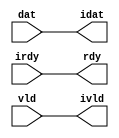

//------> /usr/cadtool/mentor/Catapult/2023.1/Mgc_home/pkgs/siflibs/ccs_in_wait_v1.v 
//------------------------------------------------------------------------------
// Catapult Synthesis - Sample I/O Port Library
//
// Copyright (c) 2003-2017 Mentor Graphics Corp.
//       All Rights Reserved
//
// This document may be used and distributed without restriction provided that
// this copyright statement is not removed from the file and that any derivative
// work contains this copyright notice.
//
// The design information contained in this file is intended to be an example
// of the functionality which the end user may study in preparation for creating
// their own custom interfaces. This design does not necessarily present a 
// complete implementation of the named protocol or standard.
//
//------------------------------------------------------------------------------


module ccs_in_wait_v1 (idat, rdy, ivld, dat, irdy, vld);

  parameter integer rscid = 1;
  parameter integer width = 8;

  output [width-1:0] idat;
  output             rdy;
  output             ivld;
  input  [width-1:0] dat;
  input              irdy;
  input              vld;

  wire   [width-1:0] idat;
  wire               rdy;
  wire               ivld;

  localparam stallOff = 0; 
  wire                  stall_ctrl;
  assign stall_ctrl = stallOff;

  assign idat = dat;
  assign rdy = irdy && !stall_ctrl;
  assign ivld = vld && !stall_ctrl;

endmodule


//------> /usr/cadtool/mentor/Catapult/2023.1/Mgc_home/pkgs/siflibs/ccs_out_wait_v1.v 
//------------------------------------------------------------------------------
// Catapult Synthesis - Sample I/O Port Library
//
// Copyright (c) 2003-2017 Mentor Graphics Corp.
//       All Rights Reserved
//
// This document may be used and distributed without restriction provided that
// this copyright statement is not removed from the file and that any derivative
// work contains this copyright notice.
//
// The design information contained in this file is intended to be an example
// of the functionality which the end user may study in preparation for creating
// their own custom interfaces. This design does not necessarily present a 
// complete implementation of the named protocol or standard.
//
//------------------------------------------------------------------------------


module ccs_out_wait_v1 (dat, irdy, vld, idat, rdy, ivld);

  parameter integer rscid = 1;
  parameter integer width = 8;

  output [width-1:0] dat;
  output             irdy;
  output             vld;
  input  [width-1:0] idat;
  input              rdy;
  input              ivld;

  wire   [width-1:0] dat;
  wire               irdy;
  wire               vld;

  localparam stallOff = 0; 
  wire stall_ctrl;
  assign stall_ctrl = stallOff;

  assign dat = idat;
  assign irdy = rdy && !stall_ctrl;
  assign vld = ivld && !stall_ctrl;

endmodule



//------> /usr/cadtool/mentor/Catapult/2023.1/Mgc_home/pkgs/siflibs/mgc_io_sync_v2.v 
//------------------------------------------------------------------------------
// Catapult Synthesis - Sample I/O Port Library
//
// Copyright (c) 2003-2017 Mentor Graphics Corp.
//       All Rights Reserved
//
// This document may be used and distributed without restriction provided that
// this copyright statement is not removed from the file and that any derivative
// work contains this copyright notice.
//
// The design information contained in this file is intended to be an example
// of the functionality which the end user may study in preparation for creating
// their own custom interfaces. This design does not necessarily present a 
// complete implementation of the named protocol or standard.
//
//------------------------------------------------------------------------------


module mgc_io_sync_v2 (ld, lz);
    parameter valid = 0;

    input  ld;
    output lz;

    wire   lz;

    assign lz = ld;

endmodule


//------> /usr/cadtool/mentor/Catapult/2023.1/Mgc_home/pkgs/siflibs/ccs_in_v1.v 
//------------------------------------------------------------------------------
// Catapult Synthesis - Sample I/O Port Library
//
// Copyright (c) 2003-2017 Mentor Graphics Corp.
//       All Rights Reserved
//
// This document may be used and distributed without restriction provided that
// this copyright statement is not removed from the file and that any derivative
// work contains this copyright notice.
//
// The design information contained in this file is intended to be an example
// of the functionality which the end user may study in preparation for creating
// their own custom interfaces. This design does not necessarily present a 
// complete implementation of the named protocol or standard.
//
//------------------------------------------------------------------------------


module ccs_in_v1 (idat, dat);

  parameter integer rscid = 1;
  parameter integer width = 8;

  output [width-1:0] idat;
  input  [width-1:0] dat;

  wire   [width-1:0] idat;

  assign idat = dat;

endmodule


//------> ./rtl.v 
// ----------------------------------------------------------------------
//  HLS HDL:        Verilog Netlister
//  HLS Version:    2023.1/1033555 Production Release
//  HLS Date:       Mon Feb 13 11:32:25 PST 2023
// 
//  Generated by:   m111061545@ws41
//  Generated date: Tue Mar 26 18:29:14 2024
// ----------------------------------------------------------------------

// 
// ------------------------------------------------------------------
//  Design Unit:    fir_run_run_fsm
//  FSM Module
// ------------------------------------------------------------------


module fir_run_run_fsm (
  clk, rst, run_wen, fsm_output
);
  input clk;
  input rst;
  input run_wen;
  output [1:0] fsm_output;
  reg [1:0] fsm_output;


  // FSM State Type Declaration for fir_run_run_fsm_1
  parameter
    run_rlp_C_0 = 1'd0,
    main_C_0 = 1'd1;

  reg  state_var;
  reg  state_var_NS;


  // Interconnect Declarations for Component Instantiations 
  always @(*)
  begin : fir_run_run_fsm_1
    case (state_var)
      main_C_0 : begin
        fsm_output = 2'b10;
        state_var_NS = main_C_0;
      end
      // run_rlp_C_0
      default : begin
        fsm_output = 2'b01;
        state_var_NS = main_C_0;
      end
    endcase
  end

  always @(posedge clk) begin
    if ( rst ) begin
      state_var <= run_rlp_C_0;
    end
    else if ( run_wen ) begin
      state_var <= state_var_NS;
    end
  end

endmodule

// ------------------------------------------------------------------
//  Design Unit:    fir_run_staller
// ------------------------------------------------------------------


module fir_run_staller (
  clk, rst, run_wen, run_wten, input_rsci_wen_comp, output_rsci_wen_comp
);
  input clk;
  input rst;
  output run_wen;
  output run_wten;
  reg run_wten;
  input input_rsci_wen_comp;
  input output_rsci_wen_comp;



  // Interconnect Declarations for Component Instantiations 
  assign run_wen = input_rsci_wen_comp & output_rsci_wen_comp;
  always @(posedge clk) begin
    if ( rst ) begin
      run_wten <= 1'b0;
    end
    else begin
      run_wten <= ~ run_wen;
    end
  end
endmodule

// ------------------------------------------------------------------
//  Design Unit:    fir_run_coeffs_triosy_obj_coeffs_triosy_wait_ctrl
// ------------------------------------------------------------------


module fir_run_coeffs_triosy_obj_coeffs_triosy_wait_ctrl (
  run_wten, coeffs_triosy_obj_iswt0, coeffs_triosy_obj_biwt
);
  input run_wten;
  input coeffs_triosy_obj_iswt0;
  output coeffs_triosy_obj_biwt;



  // Interconnect Declarations for Component Instantiations 
  assign coeffs_triosy_obj_biwt = (~ run_wten) & coeffs_triosy_obj_iswt0;
endmodule

// ------------------------------------------------------------------
//  Design Unit:    fir_run_output_rsci_output_wait_dp
// ------------------------------------------------------------------


module fir_run_output_rsci_output_wait_dp (
  clk, rst, output_rsci_oswt, output_rsci_wen_comp, output_rsci_biwt, output_rsci_bdwt,
      output_rsci_bcwt
);
  input clk;
  input rst;
  input output_rsci_oswt;
  output output_rsci_wen_comp;
  input output_rsci_biwt;
  input output_rsci_bdwt;
  output output_rsci_bcwt;
  reg output_rsci_bcwt;



  // Interconnect Declarations for Component Instantiations 
  assign output_rsci_wen_comp = (~ output_rsci_oswt) | output_rsci_biwt | output_rsci_bcwt;
  always @(posedge clk) begin
    if ( rst ) begin
      output_rsci_bcwt <= 1'b0;
    end
    else begin
      output_rsci_bcwt <= ~((~(output_rsci_bcwt | output_rsci_biwt)) | output_rsci_bdwt);
    end
  end
endmodule

// ------------------------------------------------------------------
//  Design Unit:    fir_run_output_rsci_output_wait_ctrl
// ------------------------------------------------------------------


module fir_run_output_rsci_output_wait_ctrl (
  run_wen, output_rsci_oswt, output_rsci_biwt, output_rsci_bdwt, output_rsci_bcwt,
      output_rsci_irdy, output_rsci_ivld_run_sct
);
  input run_wen;
  input output_rsci_oswt;
  output output_rsci_biwt;
  output output_rsci_bdwt;
  input output_rsci_bcwt;
  input output_rsci_irdy;
  output output_rsci_ivld_run_sct;


  // Interconnect Declarations
  wire output_rsci_ogwt;


  // Interconnect Declarations for Component Instantiations 
  assign output_rsci_bdwt = output_rsci_oswt & run_wen;
  assign output_rsci_biwt = output_rsci_ogwt & output_rsci_irdy;
  assign output_rsci_ogwt = output_rsci_oswt & (~ output_rsci_bcwt);
  assign output_rsci_ivld_run_sct = output_rsci_ogwt;
endmodule

// ------------------------------------------------------------------
//  Design Unit:    fir_run_input_rsci_input_wait_dp
// ------------------------------------------------------------------


module fir_run_input_rsci_input_wait_dp (
  clk, rst, input_rsci_oswt, input_rsci_wen_comp, input_rsci_idat_mxwt, input_rsci_biwt,
      input_rsci_bdwt, input_rsci_bcwt, input_rsci_idat
);
  input clk;
  input rst;
  input input_rsci_oswt;
  output input_rsci_wen_comp;
  output [7:0] input_rsci_idat_mxwt;
  input input_rsci_biwt;
  input input_rsci_bdwt;
  output input_rsci_bcwt;
  reg input_rsci_bcwt;
  input [7:0] input_rsci_idat;


  // Interconnect Declarations
  reg [7:0] input_rsci_idat_bfwt;


  // Interconnect Declarations for Component Instantiations 
  assign input_rsci_wen_comp = (~ input_rsci_oswt) | input_rsci_biwt | input_rsci_bcwt;
  assign input_rsci_idat_mxwt = MUX_v_8_2_2(input_rsci_idat, input_rsci_idat_bfwt,
      input_rsci_bcwt);
  always @(posedge clk) begin
    if ( rst ) begin
      input_rsci_bcwt <= 1'b0;
    end
    else begin
      input_rsci_bcwt <= ~((~(input_rsci_bcwt | input_rsci_biwt)) | input_rsci_bdwt);
    end
  end
  always @(posedge clk) begin
    if ( rst ) begin
      input_rsci_idat_bfwt <= 8'b00000000;
    end
    else if ( input_rsci_biwt ) begin
      input_rsci_idat_bfwt <= input_rsci_idat;
    end
  end

  function automatic [7:0] MUX_v_8_2_2;
    input [7:0] input_0;
    input [7:0] input_1;
    input  sel;
    reg [7:0] result;
  begin
    case (sel)
      1'b0 : begin
        result = input_0;
      end
      default : begin
        result = input_1;
      end
    endcase
    MUX_v_8_2_2 = result;
  end
  endfunction

endmodule

// ------------------------------------------------------------------
//  Design Unit:    fir_run_input_rsci_input_wait_ctrl
// ------------------------------------------------------------------


module fir_run_input_rsci_input_wait_ctrl (
  run_wen, input_rsci_oswt, input_rsci_biwt, input_rsci_bdwt, input_rsci_bcwt, input_rsci_irdy_run_sct,
      input_rsci_ivld
);
  input run_wen;
  input input_rsci_oswt;
  output input_rsci_biwt;
  output input_rsci_bdwt;
  input input_rsci_bcwt;
  output input_rsci_irdy_run_sct;
  input input_rsci_ivld;


  // Interconnect Declarations
  wire input_rsci_ogwt;


  // Interconnect Declarations for Component Instantiations 
  assign input_rsci_bdwt = input_rsci_oswt & run_wen;
  assign input_rsci_biwt = input_rsci_ogwt & input_rsci_ivld;
  assign input_rsci_ogwt = input_rsci_oswt & (~ input_rsci_bcwt);
  assign input_rsci_irdy_run_sct = input_rsci_ogwt;
endmodule

// ------------------------------------------------------------------
//  Design Unit:    fir_run_coeffs_triosy_obj
// ------------------------------------------------------------------


module fir_run_coeffs_triosy_obj (
  coeffs_triosy_lz, run_wten, coeffs_triosy_obj_iswt0
);
  output coeffs_triosy_lz;
  input run_wten;
  input coeffs_triosy_obj_iswt0;


  // Interconnect Declarations
  wire coeffs_triosy_obj_biwt;


  // Interconnect Declarations for Component Instantiations 
  mgc_io_sync_v2 #(.valid(32'sd0)) coeffs_triosy_obj (
      .ld(coeffs_triosy_obj_biwt),
      .lz(coeffs_triosy_lz)
    );
  fir_run_coeffs_triosy_obj_coeffs_triosy_wait_ctrl fir_run_coeffs_triosy_obj_coeffs_triosy_wait_ctrl_inst
      (
      .run_wten(run_wten),
      .coeffs_triosy_obj_iswt0(coeffs_triosy_obj_iswt0),
      .coeffs_triosy_obj_biwt(coeffs_triosy_obj_biwt)
    );
endmodule

// ------------------------------------------------------------------
//  Design Unit:    fir_run_output_rsci
// ------------------------------------------------------------------


module fir_run_output_rsci (
  clk, rst, output_rsc_dat, output_rsc_vld, output_rsc_rdy, run_wen, output_rsci_oswt,
      output_rsci_wen_comp, output_rsci_idat
);
  input clk;
  input rst;
  output [7:0] output_rsc_dat;
  output output_rsc_vld;
  input output_rsc_rdy;
  input run_wen;
  input output_rsci_oswt;
  output output_rsci_wen_comp;
  input [7:0] output_rsci_idat;


  // Interconnect Declarations
  wire output_rsci_biwt;
  wire output_rsci_bdwt;
  wire output_rsci_bcwt;
  wire output_rsci_irdy;
  wire output_rsci_ivld_run_sct;


  // Interconnect Declarations for Component Instantiations 
  ccs_out_wait_v1 #(.rscid(32'sd3),
  .width(32'sd8)) output_rsci (
      .irdy(output_rsci_irdy),
      .ivld(output_rsci_ivld_run_sct),
      .idat(output_rsci_idat),
      .rdy(output_rsc_rdy),
      .vld(output_rsc_vld),
      .dat(output_rsc_dat)
    );
  fir_run_output_rsci_output_wait_ctrl fir_run_output_rsci_output_wait_ctrl_inst
      (
      .run_wen(run_wen),
      .output_rsci_oswt(output_rsci_oswt),
      .output_rsci_biwt(output_rsci_biwt),
      .output_rsci_bdwt(output_rsci_bdwt),
      .output_rsci_bcwt(output_rsci_bcwt),
      .output_rsci_irdy(output_rsci_irdy),
      .output_rsci_ivld_run_sct(output_rsci_ivld_run_sct)
    );
  fir_run_output_rsci_output_wait_dp fir_run_output_rsci_output_wait_dp_inst (
      .clk(clk),
      .rst(rst),
      .output_rsci_oswt(output_rsci_oswt),
      .output_rsci_wen_comp(output_rsci_wen_comp),
      .output_rsci_biwt(output_rsci_biwt),
      .output_rsci_bdwt(output_rsci_bdwt),
      .output_rsci_bcwt(output_rsci_bcwt)
    );
endmodule

// ------------------------------------------------------------------
//  Design Unit:    fir_run_input_rsci
// ------------------------------------------------------------------


module fir_run_input_rsci (
  clk, rst, input_rsc_dat, input_rsc_vld, input_rsc_rdy, run_wen, input_rsci_oswt,
      input_rsci_wen_comp, input_rsci_idat_mxwt
);
  input clk;
  input rst;
  input [7:0] input_rsc_dat;
  input input_rsc_vld;
  output input_rsc_rdy;
  input run_wen;
  input input_rsci_oswt;
  output input_rsci_wen_comp;
  output [7:0] input_rsci_idat_mxwt;


  // Interconnect Declarations
  wire input_rsci_biwt;
  wire input_rsci_bdwt;
  wire input_rsci_bcwt;
  wire input_rsci_irdy_run_sct;
  wire input_rsci_ivld;
  wire [7:0] input_rsci_idat;


  // Interconnect Declarations for Component Instantiations 
  ccs_in_wait_v1 #(.rscid(32'sd1),
  .width(32'sd8)) input_rsci (
      .rdy(input_rsc_rdy),
      .vld(input_rsc_vld),
      .dat(input_rsc_dat),
      .irdy(input_rsci_irdy_run_sct),
      .ivld(input_rsci_ivld),
      .idat(input_rsci_idat)
    );
  fir_run_input_rsci_input_wait_ctrl fir_run_input_rsci_input_wait_ctrl_inst (
      .run_wen(run_wen),
      .input_rsci_oswt(input_rsci_oswt),
      .input_rsci_biwt(input_rsci_biwt),
      .input_rsci_bdwt(input_rsci_bdwt),
      .input_rsci_bcwt(input_rsci_bcwt),
      .input_rsci_irdy_run_sct(input_rsci_irdy_run_sct),
      .input_rsci_ivld(input_rsci_ivld)
    );
  fir_run_input_rsci_input_wait_dp fir_run_input_rsci_input_wait_dp_inst (
      .clk(clk),
      .rst(rst),
      .input_rsci_oswt(input_rsci_oswt),
      .input_rsci_wen_comp(input_rsci_wen_comp),
      .input_rsci_idat_mxwt(input_rsci_idat_mxwt),
      .input_rsci_biwt(input_rsci_biwt),
      .input_rsci_bdwt(input_rsci_bdwt),
      .input_rsci_bcwt(input_rsci_bcwt),
      .input_rsci_idat(input_rsci_idat)
    );
endmodule

// ------------------------------------------------------------------
//  Design Unit:    fir_run
// ------------------------------------------------------------------


module fir_run (
  clk, rst, input_rsc_dat, input_rsc_vld, input_rsc_rdy, coeffs_rsc_dat, coeffs_triosy_lz,
      output_rsc_dat, output_rsc_vld, output_rsc_rdy
);
  input clk;
  input rst;
  input [7:0] input_rsc_dat;
  input input_rsc_vld;
  output input_rsc_rdy;
  input [63:0] coeffs_rsc_dat;
  output coeffs_triosy_lz;
  output [7:0] output_rsc_dat;
  output output_rsc_vld;
  input output_rsc_rdy;


  // Interconnect Declarations
  wire run_wen;
  wire run_wten;
  wire input_rsci_wen_comp;
  wire [7:0] input_rsci_idat_mxwt;
  wire [63:0] coeffs_rsci_idat;
  wire output_rsci_wen_comp;
  reg [7:0] output_rsci_idat;
  wire [1:0] fsm_output;
  reg reg_coeffs_triosy_obj_iswt0_cse;
  reg reg_input_rsci_iswt0_cse;
  wire and_18_cse;
  reg [7:0] regs_1_sva;
  reg [7:0] regs_0_sva;
  reg [7:0] MAC_asn_1_itm;
  reg [7:0] MAC_asn_3_itm;
  reg [7:0] MAC_asn_4_itm;
  reg [7:0] MAC_asn_5_itm;
  reg [7:0] MAC_asn_6_itm;

  wire[18:0] MAC_8_acc_1_nl;
  wire[21:0] nl_MAC_8_acc_1_nl;
  wire[15:0] MAC_3_mul_nl;
  wire[15:0] MAC_4_mul_nl;
  wire[15:0] MAC_7_mul_nl;
  wire[15:0] MAC_8_mul_nl;
  wire[15:0] MAC_5_mul_nl;
  wire[15:0] MAC_6_mul_nl;
  wire[15:0] MAC_1_mul_nl;
  wire[15:0] MAC_2_mul_nl;

  // Interconnect Declarations for Component Instantiations 
  ccs_in_v1 #(.rscid(32'sd2),
  .width(32'sd64)) coeffs_rsci (
      .dat(coeffs_rsc_dat),
      .idat(coeffs_rsci_idat)
    );
  fir_run_input_rsci fir_run_input_rsci_inst (
      .clk(clk),
      .rst(rst),
      .input_rsc_dat(input_rsc_dat),
      .input_rsc_vld(input_rsc_vld),
      .input_rsc_rdy(input_rsc_rdy),
      .run_wen(run_wen),
      .input_rsci_oswt(reg_input_rsci_iswt0_cse),
      .input_rsci_wen_comp(input_rsci_wen_comp),
      .input_rsci_idat_mxwt(input_rsci_idat_mxwt)
    );
  fir_run_output_rsci fir_run_output_rsci_inst (
      .clk(clk),
      .rst(rst),
      .output_rsc_dat(output_rsc_dat),
      .output_rsc_vld(output_rsc_vld),
      .output_rsc_rdy(output_rsc_rdy),
      .run_wen(run_wen),
      .output_rsci_oswt(reg_coeffs_triosy_obj_iswt0_cse),
      .output_rsci_wen_comp(output_rsci_wen_comp),
      .output_rsci_idat(output_rsci_idat)
    );
  fir_run_coeffs_triosy_obj fir_run_coeffs_triosy_obj_inst (
      .coeffs_triosy_lz(coeffs_triosy_lz),
      .run_wten(run_wten),
      .coeffs_triosy_obj_iswt0(reg_coeffs_triosy_obj_iswt0_cse)
    );
  fir_run_staller fir_run_staller_inst (
      .clk(clk),
      .rst(rst),
      .run_wen(run_wen),
      .run_wten(run_wten),
      .input_rsci_wen_comp(input_rsci_wen_comp),
      .output_rsci_wen_comp(output_rsci_wen_comp)
    );
  fir_run_run_fsm fir_run_run_fsm_inst (
      .clk(clk),
      .rst(rst),
      .run_wen(run_wen),
      .fsm_output(fsm_output)
    );
  assign and_18_cse = run_wen & (~ (fsm_output[0]));
  always @(posedge clk) begin
    if ( rst ) begin
      reg_coeffs_triosy_obj_iswt0_cse <= 1'b0;
      reg_input_rsci_iswt0_cse <= 1'b0;
    end
    else if ( run_wen ) begin
      reg_coeffs_triosy_obj_iswt0_cse <= fsm_output[1];
      reg_input_rsci_iswt0_cse <= 1'b1;
    end
  end
  always @(posedge clk) begin
    if ( rst ) begin
      output_rsci_idat <= 8'b00000000;
      regs_0_sva <= 8'b00000000;
      MAC_asn_1_itm <= 8'b00000000;
      regs_1_sva <= 8'b00000000;
      MAC_asn_3_itm <= 8'b00000000;
      MAC_asn_4_itm <= 8'b00000000;
      MAC_asn_5_itm <= 8'b00000000;
      MAC_asn_6_itm <= 8'b00000000;
    end
    else if ( and_18_cse ) begin
      output_rsci_idat <= readslicef_19_8_11(MAC_8_acc_1_nl);
      regs_0_sva <= input_rsci_idat_mxwt;
      MAC_asn_1_itm <= regs_1_sva;
      regs_1_sva <= regs_0_sva;
      MAC_asn_3_itm <= MAC_asn_4_itm;
      MAC_asn_4_itm <= MAC_asn_1_itm;
      MAC_asn_5_itm <= MAC_asn_6_itm;
      MAC_asn_6_itm <= MAC_asn_3_itm;
    end
  end
  assign MAC_3_mul_nl = $signed((coeffs_rsci_idat[47:40])) * $signed(MAC_asn_3_itm);
  assign MAC_4_mul_nl = $signed((coeffs_rsci_idat[39:32])) * $signed(MAC_asn_4_itm);
  assign MAC_7_mul_nl = $signed((coeffs_rsci_idat[15:8])) * $signed(regs_0_sva);
  assign MAC_8_mul_nl = $signed((coeffs_rsci_idat[7:0])) * $signed((input_rsci_idat_mxwt));
  assign MAC_5_mul_nl = $signed((coeffs_rsci_idat[31:24])) * $signed(MAC_asn_1_itm);
  assign MAC_6_mul_nl = $signed((coeffs_rsci_idat[23:16])) * $signed(regs_1_sva);
  assign MAC_1_mul_nl = $signed((coeffs_rsci_idat[63:56])) * $signed(MAC_asn_5_itm);
  assign MAC_2_mul_nl = $signed((coeffs_rsci_idat[55:48])) * $signed(MAC_asn_6_itm);
  assign nl_MAC_8_acc_1_nl = conv_s2s_16_19(MAC_3_mul_nl) + conv_s2s_16_19(MAC_4_mul_nl)
      + conv_s2s_16_19(MAC_7_mul_nl) + conv_s2s_16_19(MAC_8_mul_nl) + conv_s2s_16_19(MAC_5_mul_nl)
      + conv_s2s_16_19(MAC_6_mul_nl) + conv_s2s_16_19(MAC_1_mul_nl) + conv_s2s_16_19(MAC_2_mul_nl);
  assign MAC_8_acc_1_nl = nl_MAC_8_acc_1_nl[18:0];

  function automatic [7:0] readslicef_19_8_11;
    input [18:0] vector;
    reg [18:0] tmp;
  begin
    tmp = vector >> 11;
    readslicef_19_8_11 = tmp[7:0];
  end
  endfunction


  function automatic [18:0] conv_s2s_16_19 ;
    input [15:0]  vector ;
  begin
    conv_s2s_16_19 = {{3{vector[15]}}, vector};
  end
  endfunction

endmodule

// ------------------------------------------------------------------
//  Design Unit:    fir
// ------------------------------------------------------------------


module fir (
  clk, rst, input_rsc_dat, input_rsc_vld, input_rsc_rdy, coeffs_rsc_dat, coeffs_triosy_lz,
      output_rsc_dat, output_rsc_vld, output_rsc_rdy
);
  input clk;
  input rst;
  input [7:0] input_rsc_dat;
  input input_rsc_vld;
  output input_rsc_rdy;
  input [63:0] coeffs_rsc_dat;
  output coeffs_triosy_lz;
  output [7:0] output_rsc_dat;
  output output_rsc_vld;
  input output_rsc_rdy;



  // Interconnect Declarations for Component Instantiations 
  fir_run fir_run_inst (
      .clk(clk),
      .rst(rst),
      .input_rsc_dat(input_rsc_dat),
      .input_rsc_vld(input_rsc_vld),
      .input_rsc_rdy(input_rsc_rdy),
      .coeffs_rsc_dat(coeffs_rsc_dat),
      .coeffs_triosy_lz(coeffs_triosy_lz),
      .output_rsc_dat(output_rsc_dat),
      .output_rsc_vld(output_rsc_vld),
      .output_rsc_rdy(output_rsc_rdy)
    );
endmodule